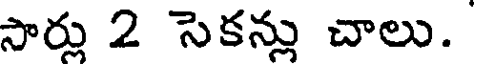
సార్లు 2 సెకన్లు చాలు.